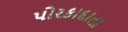
પોરકાદાતા